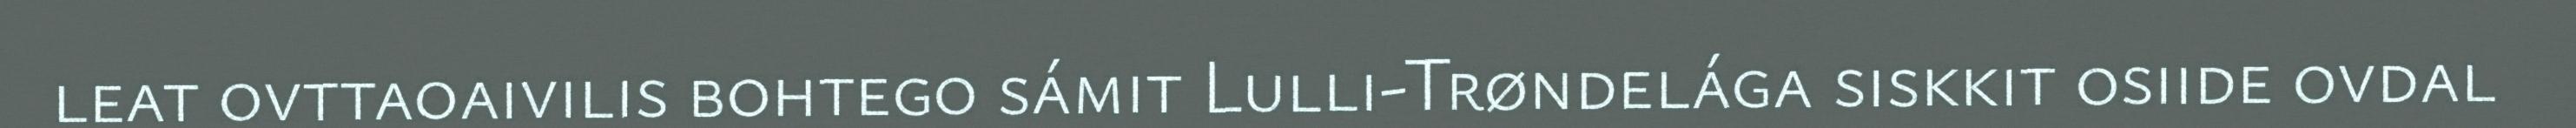
leat ovttaoaivilis bohtego sámit Lulli-Trøndelága siskkit osiide ovdal